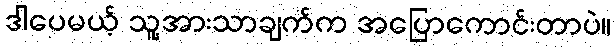
ဒါပေမယ့် သူ့အားသာချက်က အပြောကောင်းတာပဲ။